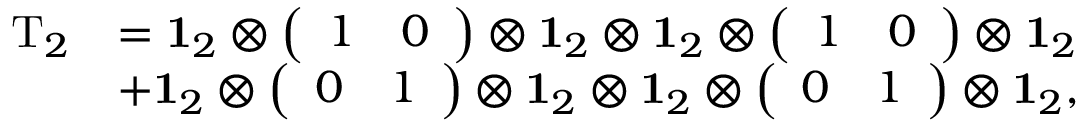
\begin{array} { r l } { \mathrm { T } _ { 2 } } & { = \mathbf { 1 } _ { 2 } \otimes \left( \begin{array} { l l } { 1 } & { 0 } \end{array} \right) \otimes \mathbf { 1 } _ { 2 } \otimes \mathbf { 1 } _ { 2 } \otimes \left( \begin{array} { l l } { 1 } & { 0 } \end{array} \right) \otimes \mathbf { 1 } _ { 2 } } \\ & { + \mathbf { 1 } _ { 2 } \otimes \left( \begin{array} { l l } { 0 } & { 1 } \end{array} \right) \otimes \mathbf { 1 } _ { 2 } \otimes \mathbf { 1 } _ { 2 } \otimes \left( \begin{array} { l l } { 0 } & { 1 } \end{array} \right) \otimes \mathbf { 1 } _ { 2 } , } \end{array}